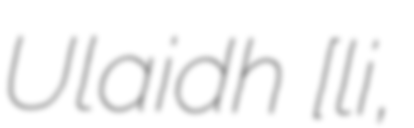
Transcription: Ulaidh [ˈʊlˠiː,